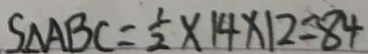
S _ { \Delta } A B C = \frac { 1 } { 2 } \times 1 4 \times 1 2 = 8 4